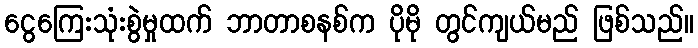
ငွေကြေးသုံးစွဲမှုထက် ဘာတာစနစ်က ပိုမို တွင်ကျယ်မည် ဖြစ်သည်။